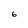
Character: 6